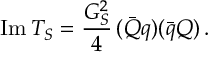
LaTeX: \mathrm { I m } \, T _ { S } = \frac { G _ { S } ^ { 2 } } { 4 } \, ( \bar { Q } q ) ( \bar { q } Q ) \, .